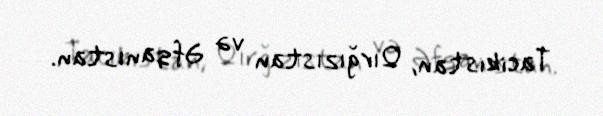
Tacikistan, Qırğızıstan və Əfqanıstan.